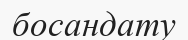
босандату